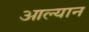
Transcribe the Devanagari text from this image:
आल्यान